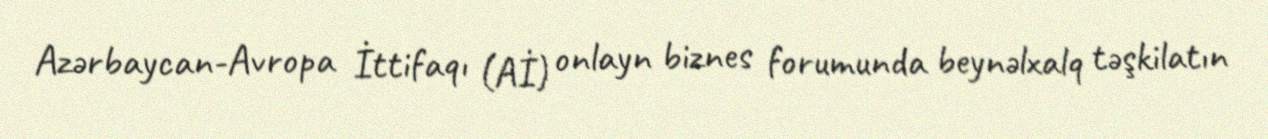
Azərbaycan-Avropa İttifaqı (Aİ) onlayn biznes forumunda beynəlxalq təşkilatın